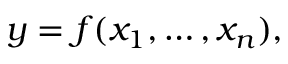
y = f ( x _ { 1 } , \dots , x _ { n } ) ,